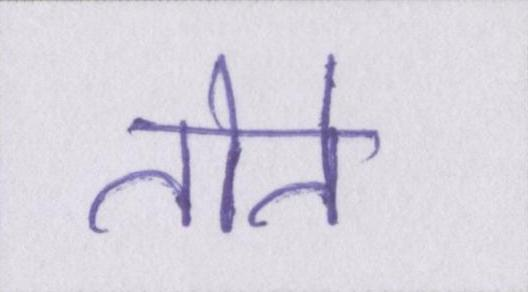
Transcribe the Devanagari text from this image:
तोते